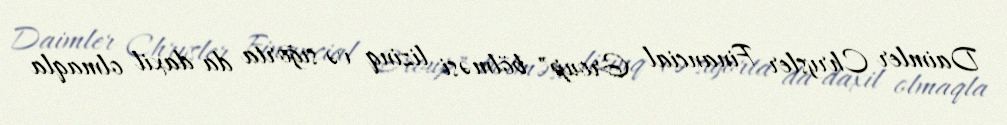
Daimler Chrysler Financial Group" bölməsi lizinq və sığorta da daxil olmaqla